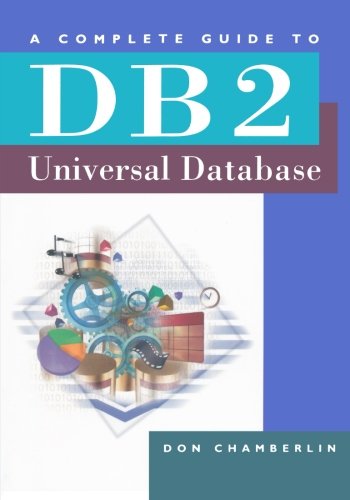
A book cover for A Complete Guide to DB2 Universal Database (The Morgan Kaufmann Series in Data Management Systems); Don Chamberlin; Computers & Technology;